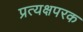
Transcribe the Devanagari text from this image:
प्रत्यक्षपरक